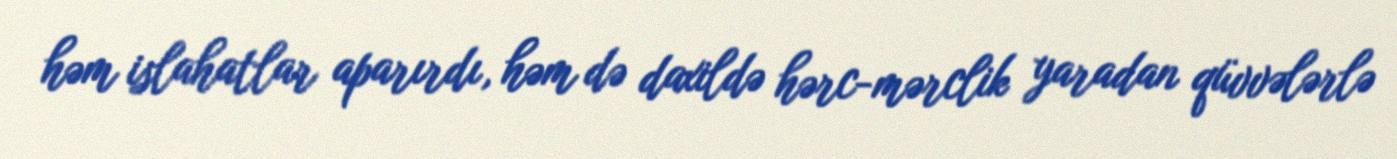
həm islahatlar aparırdı, həm də daxildə hərc-mərclik yaradan qüvvələrlə